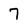
Character: 7